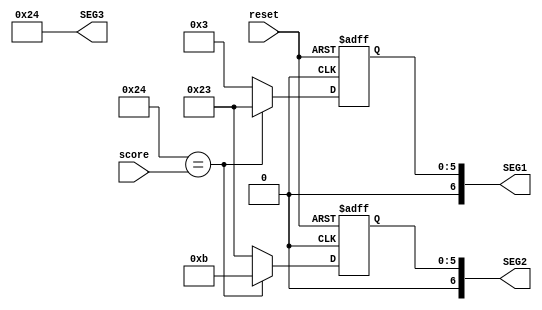
module highscore(
input [6:0]score, 
input reset,
output [6:0] SEG1,
output [6:0] SEG2,
output [6:0] SEG3);


reg [6:0]oneSEG, twoSEG, threeSEG;

wire [6:0]number;
wire total;

assign SEG3 = threeSEG;

initial begin
	oneSEG <= 7'b0110110;//---
	twoSEG <= 7'b0110110;//---
	threeSEG <= 7'b0100100;//2 - the high score to beat
	end
	
assign number[0] = score[0] & threeSEG[0];
assign number[1] = score[1] & threeSEG[1];
assign number[2] = score[2] & threeSEG[2];
assign number[3] = score[3] & threeSEG[3];
assign number[4] = score[4] & threeSEG[4];
assign number[5] = score[5] & threeSEG[5];
assign number[6] = score[6] & threeSEG[6];

assign total = number[0] & number[1] & number[2] & number[3] & number[4] & number[5] & number[6];
	

always @(posedge reset or posedge total) 
begin

	if (reset) begin
			oneSEG <= 7'b0110110;//---
			twoSEG <= 7'b0110110;//---
			end
	else if (threeSEG == score) begin
			 oneSEG <= 7'b0100011;//---o
			 twoSEG <= 7'b0001011;//---h
			 end
	else begin
			oneSEG <= 7'b0000011;//b
			twoSEG <= 7'b0100011;//o
			end
end

assign SEG1 = oneSEG;
assign SEG2 = twoSEG;

endmodule